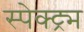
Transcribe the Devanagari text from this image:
स्पेक्ट्र्म